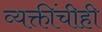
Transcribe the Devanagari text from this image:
व्यक्तींचीही